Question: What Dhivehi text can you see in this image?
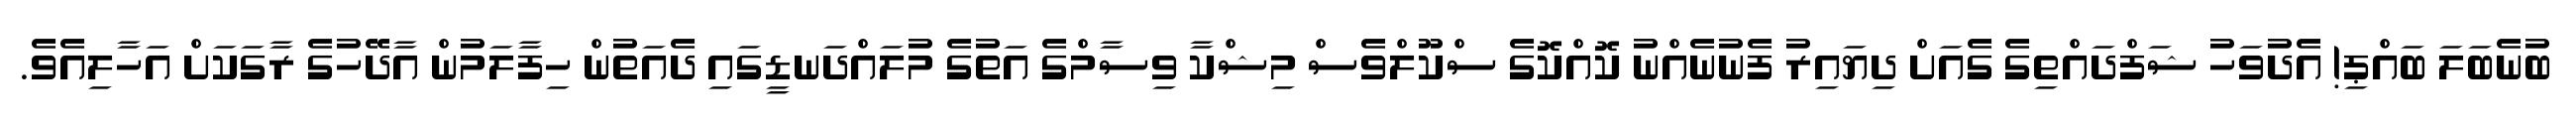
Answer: ބުނެބަލަ ބައްޕި! އެދުވަހު ޝަފްދައްތިގެ ގެއަށް ދިޔައިރު ފެނުނެއްނު ކޮއްކޮގެ ސްކޫލްވެސް މިޝްކާ ވިސާމްގެ އަތުގެ މުލައްދަނޑީގައި ދެއަތުން ހިފާލަމުން އާދޭހުގެ ރާގަކަށް އަހާލިއެވެ.